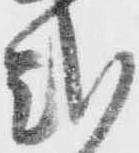
式